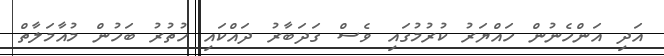
އަދި އަންހެނުން ހައްޔަރު ކުރުމުގައި ވެސް ގަދަބާރު ދައްކައި ހުތުރު ބަހުން މުއާމަލާތް